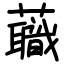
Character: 蘵